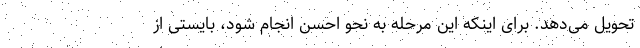
تحویل می‌دهد. برای اینکه این مرحله به نحو احسن انجام شود، بایستی از